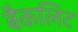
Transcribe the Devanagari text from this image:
बैकलिट